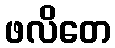
ဖလိတေ